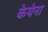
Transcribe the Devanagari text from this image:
केयेना